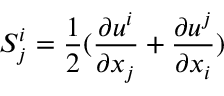
S _ { j } ^ { i } = \frac { 1 } { 2 } ( \frac { \partial u ^ { i } } { \partial x _ { j } } + \frac { \partial u ^ { j } } { \partial x _ { i } } )